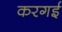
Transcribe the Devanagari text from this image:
करगई